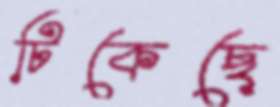
টিকেছে